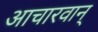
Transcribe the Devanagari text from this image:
आचारवान्